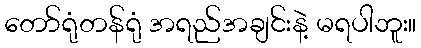
တော်ရုံတန်ရုံ အရည်အချင်းနဲ့ မရပါဘူး။